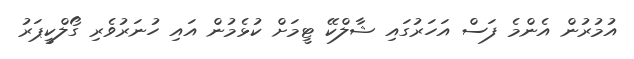
އުމުރުން އެންމެ ފަސް އަހަރުގައި ޝާލްކޭ ޓީމަށް ކުޅެމުން އައި ހުނަރުވެރި ގޯލްކީޕަރު